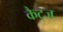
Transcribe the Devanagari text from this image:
कैट्ज